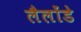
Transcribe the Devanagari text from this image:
लैलोंडे